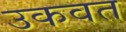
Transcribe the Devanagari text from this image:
उकवत